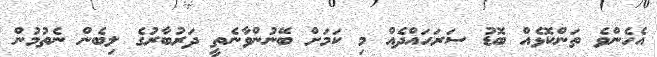
އެހެންވެ ތަންކޮޅެއް ބޮޑު ސަރަހައްދެއް މި ކަމަށް ބޭނުންވާނެތީ ދަރުބާރުގެ ލިބެން ނެތުމުން